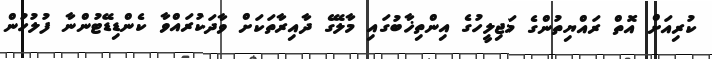
ކުރިއަށް އޮތް ރައްޔިތުންގެ މަޖިލީހުގެ އިންތިޚާބުގައި މާލޭގެ ދާއިރާތަކަށް ވާދަކުރައްވާ ކެންޑިޑޭޓުންނާ ފުލުހުން